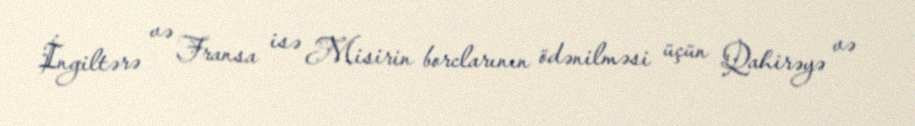
İngiltərə və Fransa isə Misirin borclarının ödənilməsi üçün Qahirəyə və